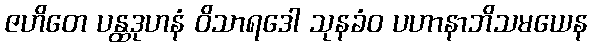
ဇဟိတေ ပန္ထဒုဟနံ ဝိသာရဒေါ သုနခံဝ ပဟာနာဘိသမယေန